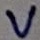
Text: V